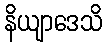
နိယျာဒေသိ